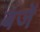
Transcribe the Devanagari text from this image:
बजें